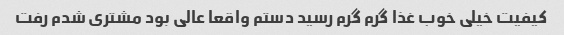
کیفیت خیلی خوب غذا گرم گرم رسید دستم واقعا عالی بود مشتری شدم رفت